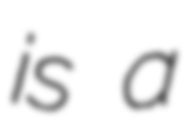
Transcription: is a